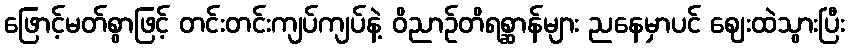
ဖြောင့်မတ်စွာဖြင့် တင်းတင်းကျပ်ကျပ်နဲ့ ဝိညာဉ်တိရစ္ဆာန်များ ညနေမှာပင် ဈေးထဲသွားပြီး